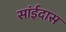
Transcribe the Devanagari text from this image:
सांईदास